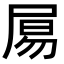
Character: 𡱿